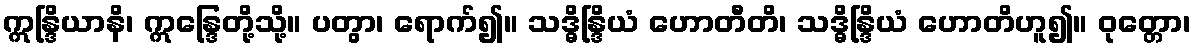
ဣန္ဒြိယာနိ၊ ဣန္ဒြေတို့သို့။ ပတွာ၊ ရောက်၍။ သဒ္ဓိန္ဒြိယံ ဟောတီတိ၊ သဒ္ဓိန္ဒြိယံ ဟောတိဟူ၍။ ဝုတ္တော၊